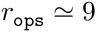
r _ { \tt o p s } \simeq 9